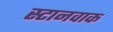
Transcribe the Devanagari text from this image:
स्टानवाक